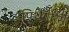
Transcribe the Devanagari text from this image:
पिथैगोरैस